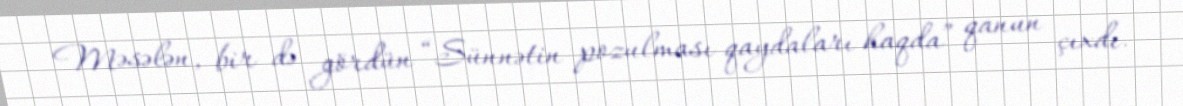
Məsələn, bir də gördün “Sünnətin pozulması qaydaları haqda” qanun çıxdı.